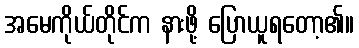
အမေကိုယ်တိုင်က နားဖို့ ပြောယူရတော့၏။